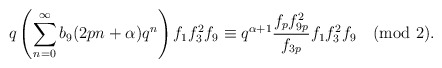
\begin{align*}q\left(\sum_{n=0}^{\infty}b_9(2pn+\alpha)q^{n} \right)f_1f^{2}_3f_9\equiv q^{\alpha+1}\frac{f_pf^{2}_{9p}}{f_{3p}}f_1f^{2}_{3}f_{9}\pmod 2.\end{align*}